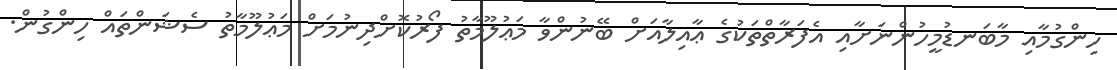
ހިންގުމާއި މާބަނޑުމީހުންނަށާއި އެފަރާތްތަކުގެ ޢާއިލާއަށް ބޭނުންވާ މަޢުލޫމާތު ފޯރުކޮށްދިނުމަށް މަޢުލޫމާތު ސެޝަންތައް ހިންގުން.